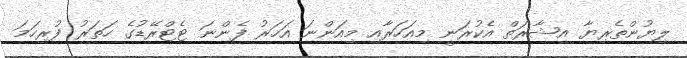
ލިޔުންތެރިޔާ އިޝާރަތް އެކުރަނީ މިއަހަރާއި މިއަންނަ އަހަރު ފެންނަ ޓެޓްރޭޑުގެ ހަތަރު ފުރިހަމަ